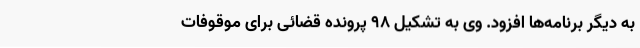
به دیگر برنامه‌ها افزود. وی به تشکیل 98 پرونده قضائی برای موقوفات